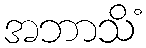
အဘာသိံ